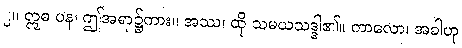
၂။ ဣဓ ပန၊ ဤအရာ၌ကား။ အဿ၊ ထို သမယသဒ္ဒါ၏။ ကာလော၊ အခါဟု